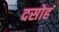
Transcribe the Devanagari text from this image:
दसोह